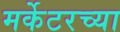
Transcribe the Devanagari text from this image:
मर्केटरच्या